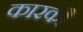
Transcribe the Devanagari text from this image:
कारकौ